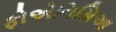
ફોએનિસિઆ